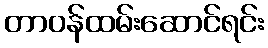
တာဝန်ထမ်းဆောင်ရင်း